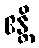
ဧန္တိ